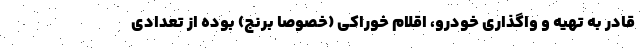
قادر به تهیه و واگذاری خودرو، اقلام خوراکی (خصوصا برنج) بوده از تعدادی